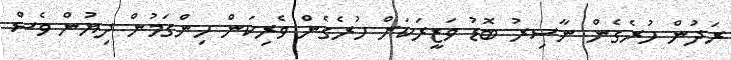
ރަދުން ހުރެގެން ނާސިރު ބޮޑު ވަޒީރަކަށް ހުރެގެން ވެރިކަން ހިންގަމުން ދިޔުން ވެސް